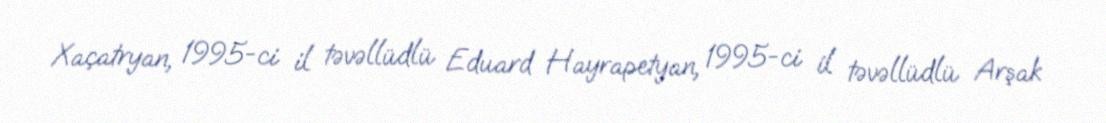
Xaçatryan, 1995-ci il təvəllüdlü Eduard Hayrapetyan, 1995-ci il təvəllüdlü Arşak